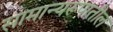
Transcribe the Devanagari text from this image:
सामान्यरूपातील